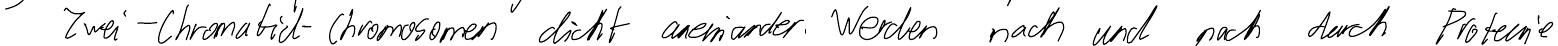
Zwei-Chromatid-Chromosomen dicht aneinander. Werden nach und nach durch Proteine